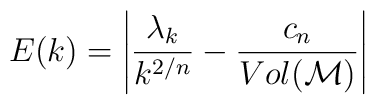
E(k) = \left| \frac{\lambda_k}{k^{2/n}} - \frac{c_n}{Vol ({\cal M})} \right|